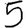
Digit: 5